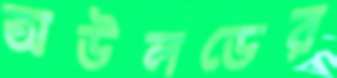
অউলডের